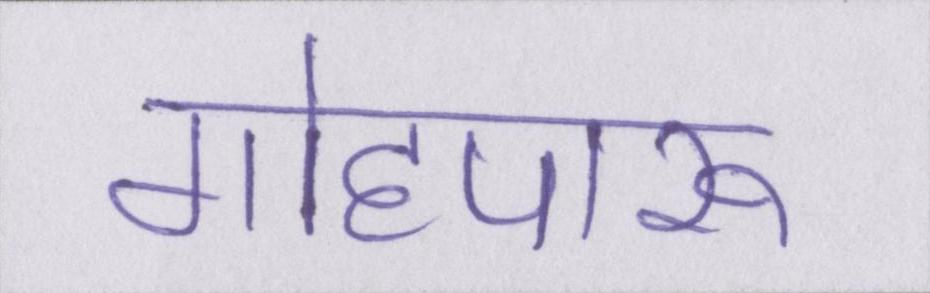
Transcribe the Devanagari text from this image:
गोहपारू